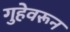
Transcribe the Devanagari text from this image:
गुहेवरून